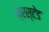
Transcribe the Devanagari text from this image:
क्रस्टेड